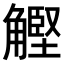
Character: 𧤵